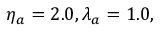
\eta _ { a } = 2 . 0 , \lambda _ { a } = 1 . 0 ,